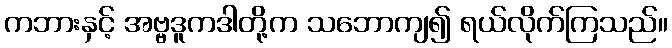
ကဘားနှင့် အဗ္ဗဒူကဒါတို့က သဘောကျ၍ ရယ်လိုက်ကြသည်။